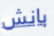
بانش